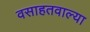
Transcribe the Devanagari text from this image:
वसाहतवाल्या